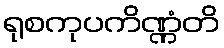
ရုစကုပကိဏ္ဏံတိ